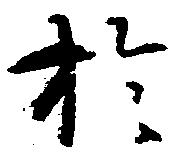
於